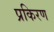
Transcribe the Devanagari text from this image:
प्रकिरण